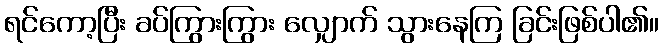
ရင်ကော့ပြီး ခပ်ကြွားကြွား လျှောက် သွားနေကြ ခြင်းဖြစ်ပါ၏။